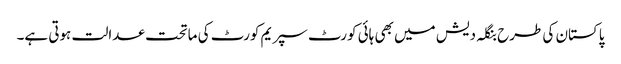
پاکستان کی طرح بنگلہ دیش میں بھی ہائی کورٹ سپریم کورٹ کی ماتحت عدالت ہوتی ہے۔